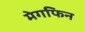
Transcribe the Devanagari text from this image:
मेगफिन